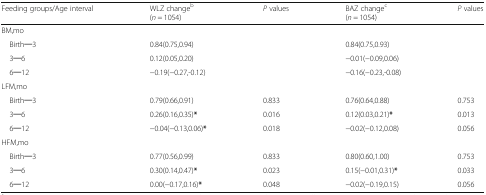
<table><thead><tr><td><b>Feeding groups/Age interval</b></td><td><b>WLZ change<sup>b</sup>(<i>n</i> = 1054)</b></td><td><b><i>P</i> values</b></td><td><b>BAZ change<sup>c</sup>(<i>n</i> = 1054)</b></td><td><b><i>P</i> values</b></td></tr></thead><tbody><tr><td colspan="5">BM,mo</td></tr><tr><td> Birth─3</td><td>0.84(0.75,0.94)</td><td></td><td>0.84(0.75,0.93)</td><td></td></tr><tr><td> 3─6</td><td>0.12(0.05,0.20)</td><td></td><td>−0.01(−0.09,0.06)</td><td></td></tr><tr><td> 6─12</td><td>−0.19(−0.27,-0.12)</td><td></td><td>−0.16(−0.23,-0.08)</td><td></td></tr><tr><td colspan="5">LFM,mo</td></tr><tr><td> Birth─3</td><td>0.79(0.66,0.91)</td><td>0.833</td><td>0.76(0.64,0.88)</td><td>0.753</td></tr><tr><td> 3─6</td><td>0.26(0.16,0.35)<b>*</b></td><td>0.016</td><td>0.12(0.03,0.21)<b>*</b></td><td>0.013</td></tr><tr><td> 6─12</td><td>−0.04(−0.13,0.06)<b>*</b></td><td>0.018</td><td>−0.02(−0.12,0.08)</td><td>0.056</td></tr><tr><td colspan="5">HFM,mo</td></tr><tr><td> Birth─3</td><td>0.77(0.56,0.99)</td><td>0.833</td><td>0.80(0.60,1.00)</td><td>0.753</td></tr><tr><td> 3─6</td><td>0.30(0.14,0.47)<b>*</b></td><td>0.023</td><td>0.15(−0.01,0.31)<b>*</b></td><td>0.033</td></tr><tr><td> 6─12</td><td>0.00(−0.17,0.16)<b>*</b></td><td>0.048</td><td>−0.02(−0.19,0.15)</td><td>0.056</td></tr></tbody></table>